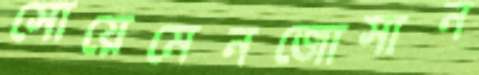
সোয়েমেনজোসান